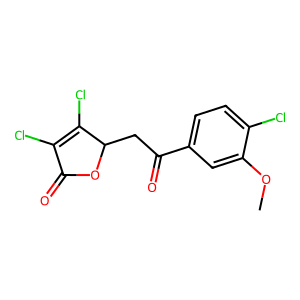
SMILES: COc1cc(C(=O)CC2OC(=O)C(Cl)=C2Cl)ccc1Cl
Inhibits HIV replication: No